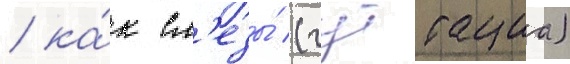
/ ка́к сл'езы́ (гуттациа)